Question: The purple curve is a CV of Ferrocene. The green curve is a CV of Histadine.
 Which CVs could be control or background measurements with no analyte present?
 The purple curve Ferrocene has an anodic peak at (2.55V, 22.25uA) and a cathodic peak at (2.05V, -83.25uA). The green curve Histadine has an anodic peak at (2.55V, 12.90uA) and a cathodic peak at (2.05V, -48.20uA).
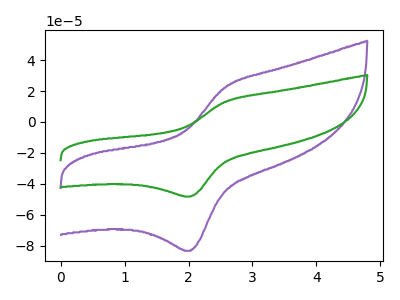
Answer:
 <answer>There are not any CV's on this graph that are likely to be blanks.</answer>
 <eval>none</eval>